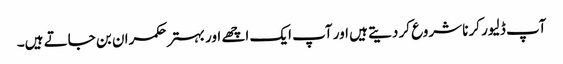
آپ ڈلیور کرنا شروع کر دیتے ہیں اور آپ ایک اچھے اور بہتر حکمران بن جاتے ہیں۔